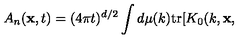
A _ { n } ( { \bf x } , t ) = ( 4 \pi t ) ^ { d / 2 } \int d \mu ( k ) \mathrm { t r } [ K _ { 0 } ( k , { \bf x , }